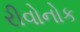
રીવોનોક